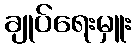
ချုပ်ရေးမှူး